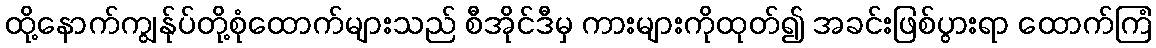
ထို့နောက်ကျွန်ုပ်တို့စုံထောက်များသည် စီအိုင်ဒီမှ ကားများကိုထုတ်၍ အခင်းဖြစ်ပွားရာ ထောက်ကြံ